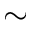
\sim